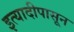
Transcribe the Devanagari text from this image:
इत्यादीपासून